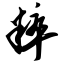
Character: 粹